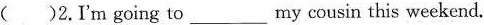
()2.I'm going to__ my cousin this weekend.